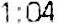
1:04